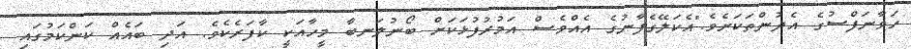
ހަވާނަފްސުގެ އެދުންތަކަށެވެ."އެކަލޭގެފާނުގެ އެއްވެސް އަމުރުފުޅަކަށް ބޯނުލަނބާ މީހާއަކީ ކާފަރެކެވެ. އަދި ބައެއް ކަންކަމުގައި